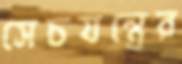
সেচযন্ত্রের